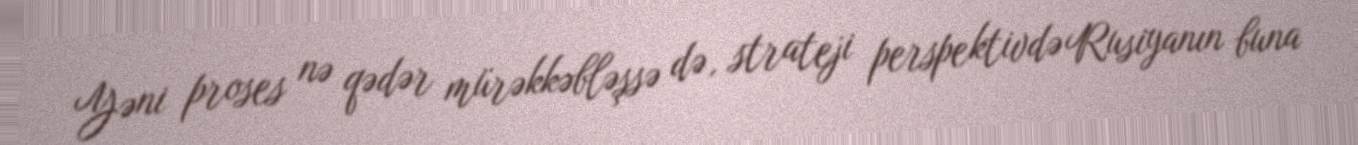
Yəni proses nə qədər mürəkkəbləşsə də, strateji perspektivdə Rusiyanın buna